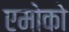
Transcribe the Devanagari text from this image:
एमोको